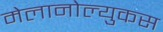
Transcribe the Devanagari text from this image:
मेलानोल्युकस